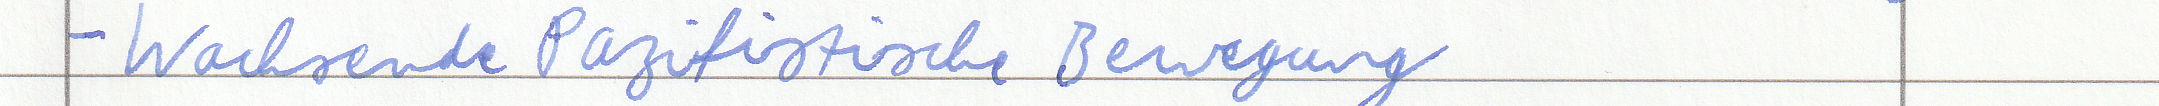
- Wachsende Pazifistische Bewegung